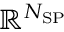
\mathbb { R } ^ { N _ { \mathrm { S P } } }